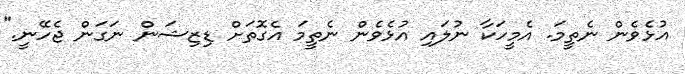
އުޅެވެން ނެތީމަ. އެމީހަކާ ނުލައި އުޅެވެން ނެތީމަ އެގޮތަށް ޑިޒިޝަން ނަގަން ޖެހޭނީ."